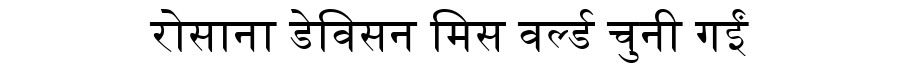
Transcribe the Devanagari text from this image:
रोसाना डेविसन मिस वर्ल्ड चुनी गईं